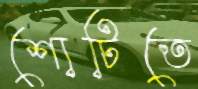
শোটিতে